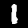
Digit: 1